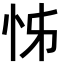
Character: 𭜖